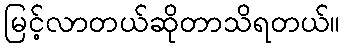
မြင့်လာတယ်ဆိုတာသိရတယ်။